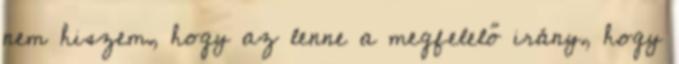
nem hiszem, hogy az lenne a megfelelő irány, hogy